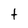
Character: t